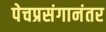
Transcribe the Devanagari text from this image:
पेचप्रसंगानंतर